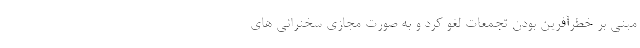
مبنی بر خطرآفرین بودن تجمعات لغو کرد و به صورت مجازی سخنرانی های